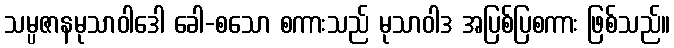
သမ္ပဇာနမုသာဝါဒေါ ခေါ-စသော စကားသည် မုသာဝါဒ အပြစ်ပြစကား ဖြစ်သည်။